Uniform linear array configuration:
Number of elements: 8
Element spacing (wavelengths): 0.25
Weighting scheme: uniform
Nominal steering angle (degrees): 45
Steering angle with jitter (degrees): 45.93
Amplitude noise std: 0.05
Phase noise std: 0.05

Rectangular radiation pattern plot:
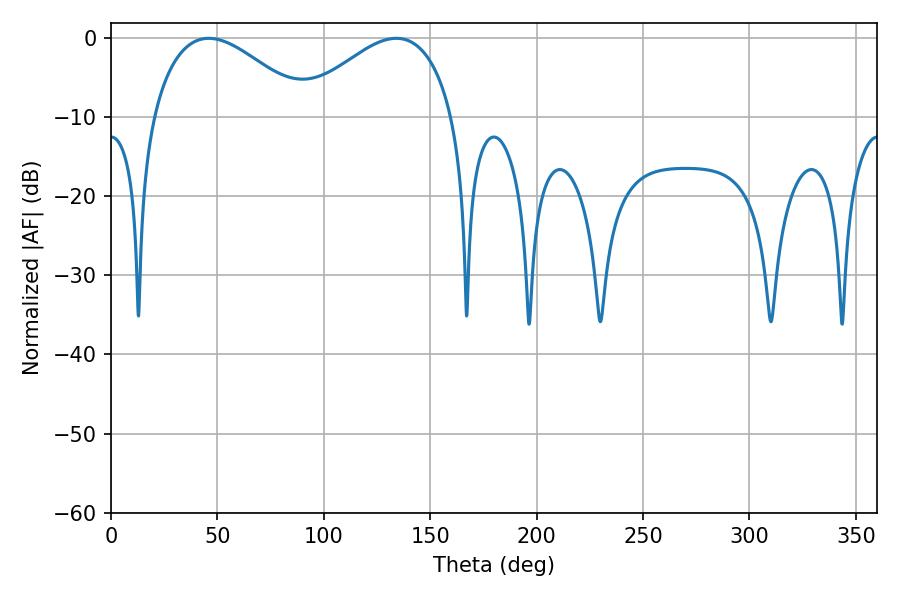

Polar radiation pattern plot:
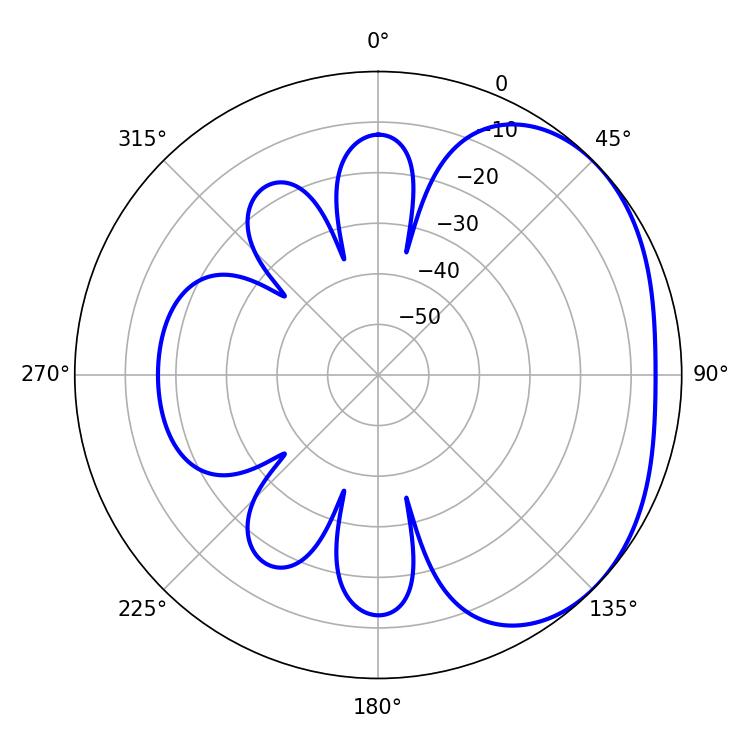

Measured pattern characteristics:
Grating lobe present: FALSE
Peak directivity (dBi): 2.585
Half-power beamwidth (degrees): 39.96
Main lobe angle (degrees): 45.9